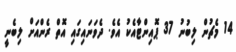
14 މެޗުން ލިބުނު 37 ޕޮއިންޓާއެކު އެވެ. ދެވަނައިގައި އޮތް ރެންއަށް ލިބެނީ